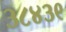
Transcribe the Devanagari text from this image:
३८४३९